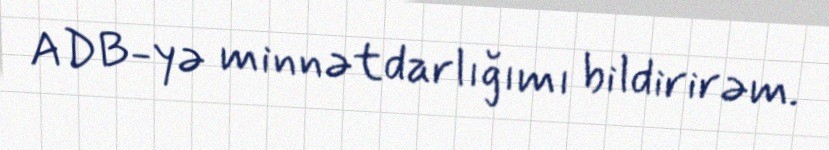
ADB-yə minnətdarlığımı bildirirəm.